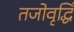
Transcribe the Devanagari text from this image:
तजोवृद्धिं